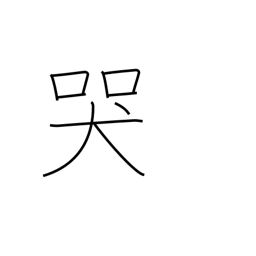
Meaning: moan